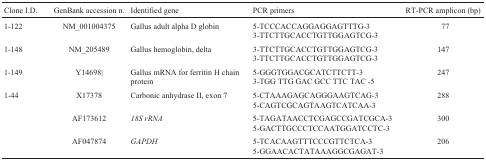
<table><thead><tr><td><b>Clone I.D.</b></td><td><b>GenBank accession n.</b></td><td><b>Identified gene</b></td><td><b>PCR primers</b></td><td><b>RT-PCR amplicon (bp)</b></td></tr></thead><tbody><tr><td> 1-122</td><td>NM_001004375</td><td>Gallus adult alpha D globin</td><td>5-TCCCACCAGGAGGAGTTTG-33-TTCTTGCACCTGTTGGAGTCG-3</td><td>77</td></tr><tr><td>1-148</td><td>NM_205489</td><td>Gallus hemoglobin, delta</td><td>3-TTCTTGCACCTGTTGGAGTCG-33-TTCTTGCACCTGTTGGAGTCG-3</td><td>147</td></tr><tr><td>1-149</td><td>Y14698|</td><td>Gallus mRNA for ferritin H chain protein</td><td>5-GGGTGGACGCATCTTCTT-33-TGG TTG GAC GCC TTC TAC -5</td><td>247</td></tr><tr><td>1-44</td><td>X17378</td><td>Carbonic anhydrase II, exon 7</td><td>5-CTAAAGAGCAGGGAAGTCAG-35-CAGTCGCAGTAAGTCATCAA-3</td><td>288</td></tr><tr><td>[EMPTY_CELL]</td><td>AF173612</td><td><i>18S rRNA</i></td><td>5-TAGATAACCTCGAGCCGATCGCA-35-GACTTGCCCTCCAATGGATCCTC-3</td><td>300</td></tr><tr><td>[EMPTY_CELL]</td><td>AF047874</td><td><i>GAPDH</i></td><td>5-TCACAAGTTTCCCGTTCTCA-35-GGAACACTATAAAGGCGAGAT-3</td><td>206</td></tr></tbody></table>